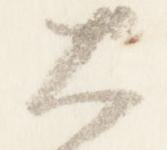
大